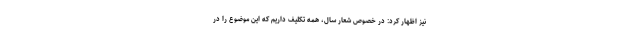
نیز اظهار کرد: در خصوص شعار سال، همه تکلیف داریم که این موضوع را در